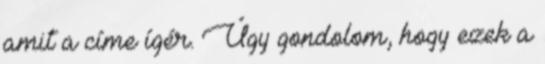
amit a címe ígér. Úgy gondolom, hogy ezek a